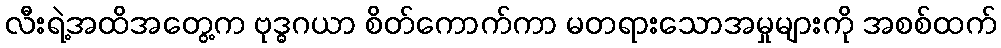
လီးရဲ့အထိအတွေ့က ဗုဒ္ဓဂယာ စိတ်ကောက်ကာ မတရားသောအမှုများကို အစစ်ထက်